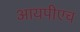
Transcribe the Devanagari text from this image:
आयपीएच